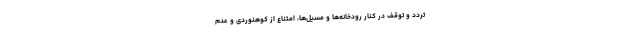
تردد و توقف در کنار رودخانه‌ها و مسیل‌ها، امتناع از کوهنوردی و عدم